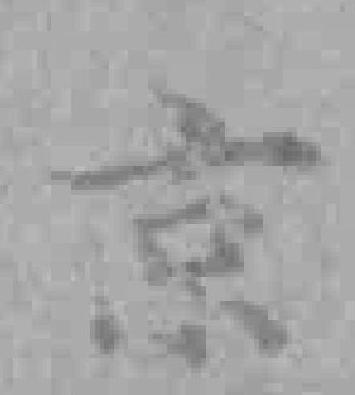
京